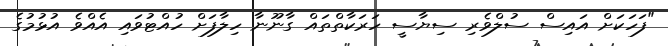
"ފަހަކަށް އައިސް ސުލްވެރި ސިޔާސީ ހަރަކާތްތައް ގާނޫނާ ހިލާފަށް ހުއްޓުވައި އެއްވެ އުޅުމުގެ